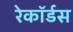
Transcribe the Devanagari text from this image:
रेकॉर्डस